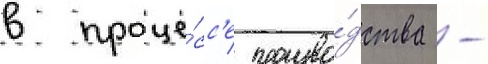
в проце́сс'е произво́дства -